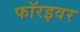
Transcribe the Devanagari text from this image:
फॉरइवर